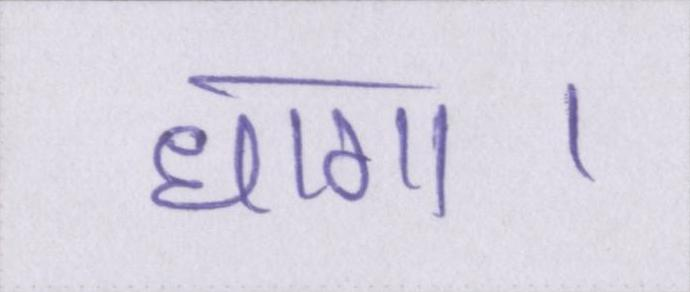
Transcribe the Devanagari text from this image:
धागा।